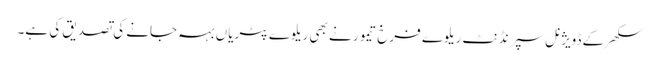
سکھر کے ڈویژنل سپرنڈنٹ ریلوے فرخ تیمور نے بھی ریلوے پٹریاں بہہ جانے کی تصدیق کی ہے۔